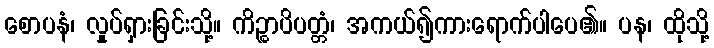
စောပနံ၊ လှုပ်ရှားခြင်းသို့။ ကိဉ္စာပိပတ္တံ၊ အကယ်၍ကားရောက်ပါပေ၏။ ပန၊ ထိုသို့